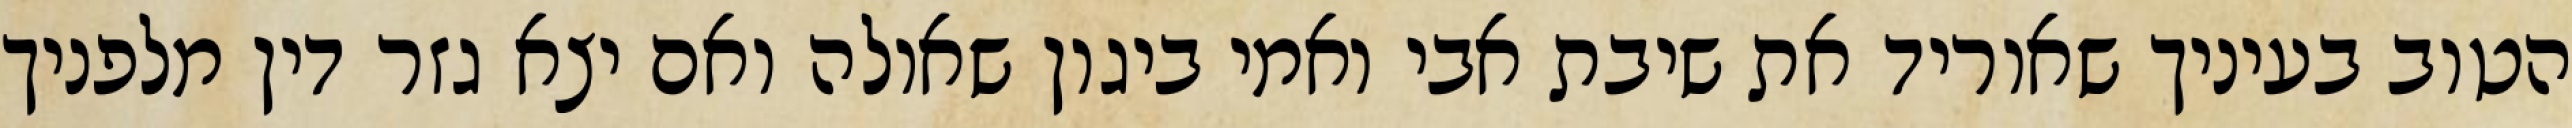
הטוב בעיניך שאוריד את שיבת אבי ואמי ביגון שאולה ואם יצא גזר דין מלפניך